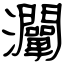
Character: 灛